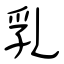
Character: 乳